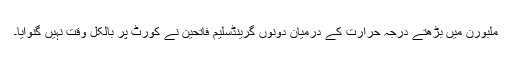
ملبورن میں بڑھتے درجہ حرارت کے درمیان دونوں گرینڈسلیم فاتحین نے کورٹ پر بالکل وقت نہیں گنوایا۔